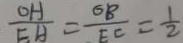
\frac { O H } { E H } = \frac { O B } { E C } = \frac { 1 } { 2 }